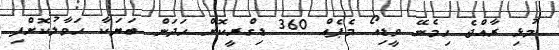
މުޅި ރާއްޖެ ހިމެނޭ ވީޑިއޯ މެޕެއް 360 ޑިގްރީކޮށް ހަދަން ބަޔަކާ ހަވާލުކޮށްފި